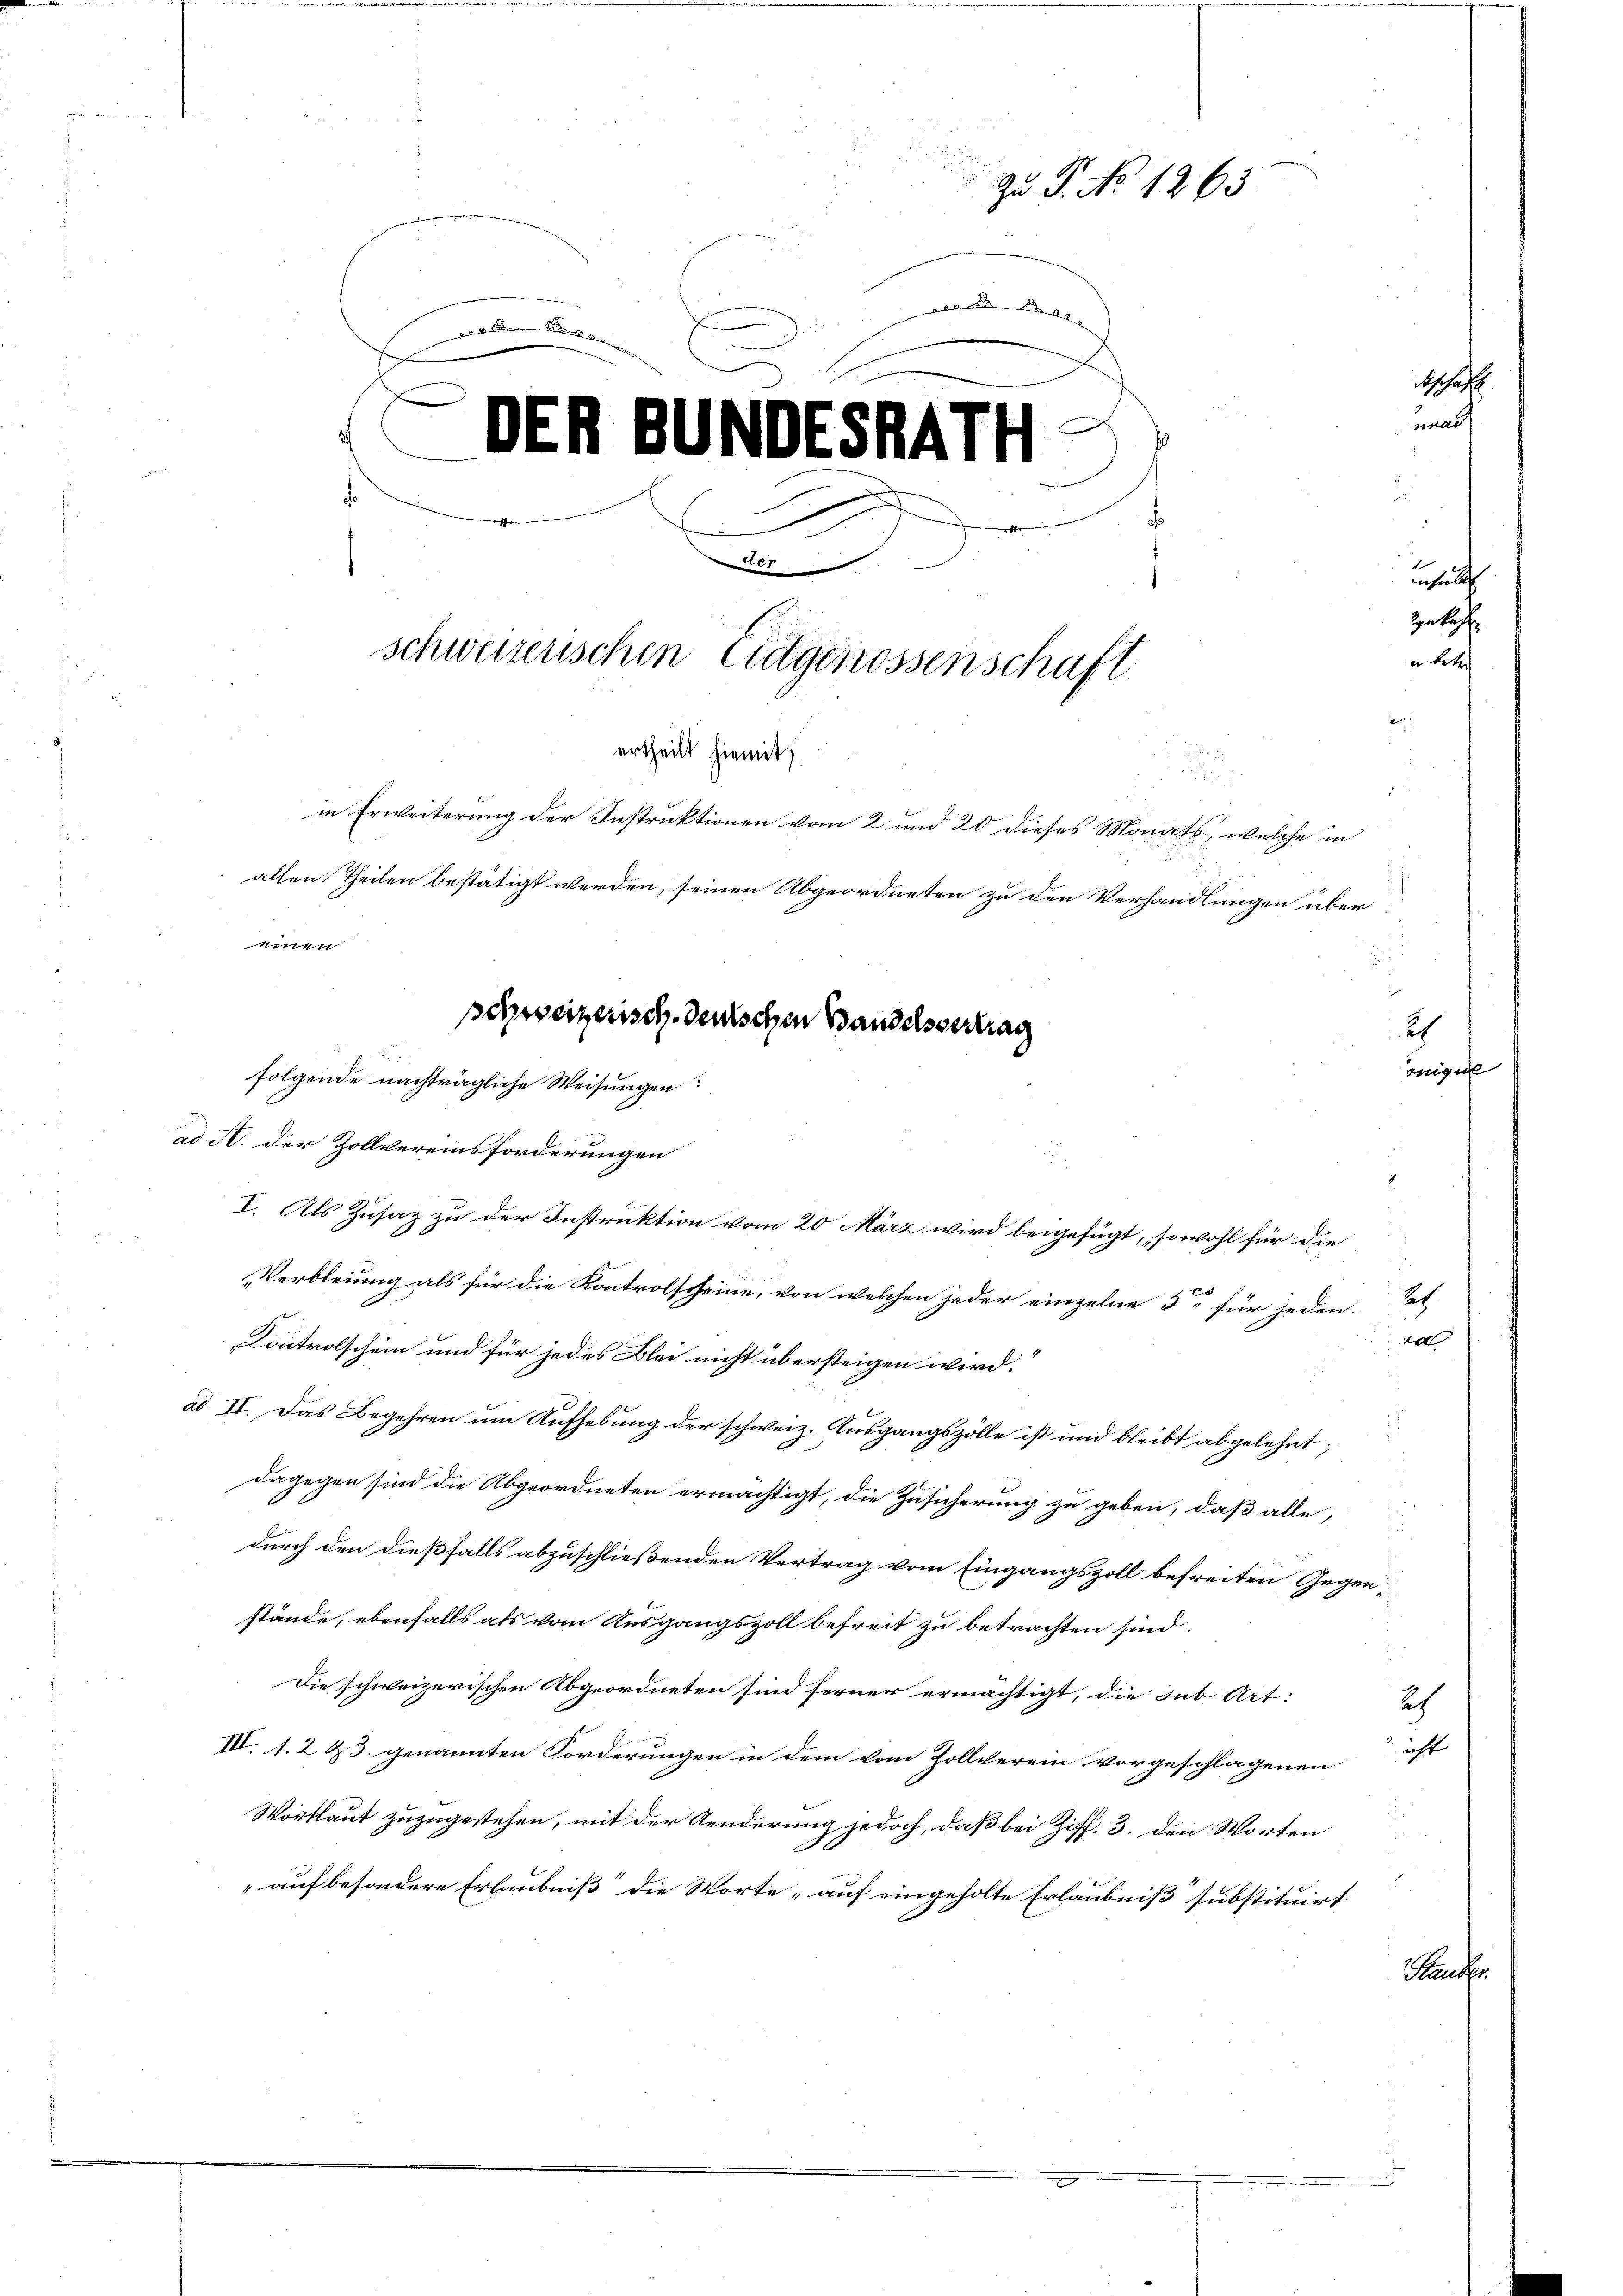
i
Zu P. No 1263.
ader Seiten und ebenden

.
E
Aschaff
unauf
DER BUNDESTATH
.

1
unhalt
Bertoffe
un betre
schweizerischen Citgenossenschaft
e
ertheilt hiemit,
.
in Erweiterung der Instruktionen vom 2 und 20 dieses Monats, welche in
allen Theilen bestätigt werden, seinen Abgeordneten zu den Verhandlungen über
winen
i
2
schweizerisch-deutschen Bandelsvertrag

folgende nachträgliche Weisungen

ad A. der Zollvereinsforderungen
I. Als Zusaz zu der Instruktion vom 20 März wird beigefügt, sowohl für die
Verbleiung als für die Kontrolscheine, von welchen jeder einzelne 5 für jeden Tat
Controlschein und für jedes Blei nicht übersteigen wird.
ad II. Das Begehren um Aufhebung der schweiz. Ausgangszölle ist und bleibt abgelehnt;
dagegen sind die Abgeordneten ermächtigt, die Zusicherung zu geben, daß alle
t
durch den dießfalls abzuschließenden Vertrag vom Eingangszoll befreiten Gegenstände, ebenfalls als vom Ausgangszoll befreit zu betrachten sind.
Die schweizerischen Abgeordneten sind ferner ermächtigt, die sub Art:
IVV. 1. 2 & 3. genannten Forderungen in dem vom Zollverein vorgeschlagenen
Wortlaut zuzugestehen, mit der Aenderung jedoch, daß bei Ziff. 3. den Worten
auf besondere Erlaubniß die Worte, auf eingeholte Erlaubniß“ substituirt

h
geeign

ed

2/
icht

Sa